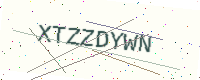
Text: XTZZDYWN